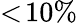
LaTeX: <\! 10\%